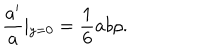
\frac { a ^ { \prime } } { a } \left| _ { y = 0 } \right. = \frac { 1 } { 6 } a b \rho .